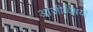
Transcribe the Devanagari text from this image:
आजीविषयी